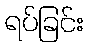
ရပ်ခြင်း